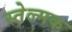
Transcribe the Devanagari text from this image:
स्तेल्मक